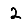
Digit: 2